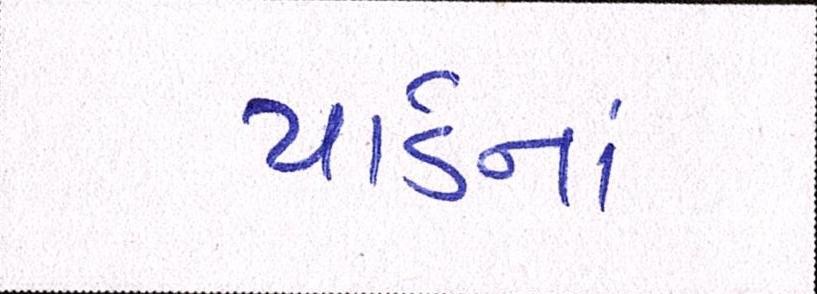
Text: યાર્ડનાં